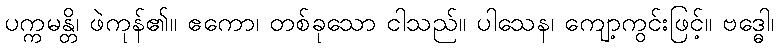
ပက္ကမန္တိ၊ ဖဲကုန်၏။ ဧကော၊ တစ်ခုသော ငါသည်။ ပါသေန၊ ကျော့ကွင်းဖြင့်။ ဗဒ္ဓေါ၊